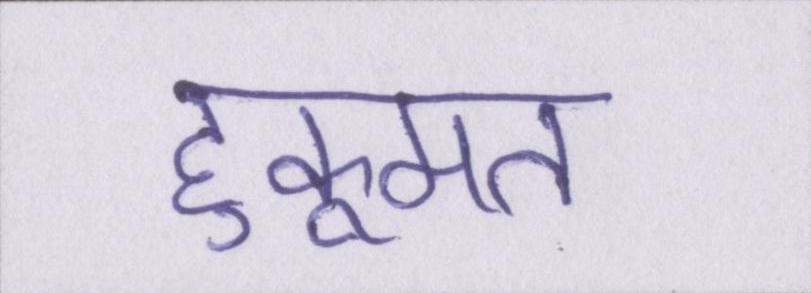
हुकूमत